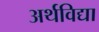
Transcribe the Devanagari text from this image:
अर्थविद्या